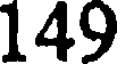
149